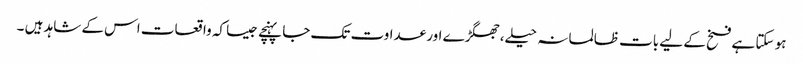
ہو سکتا ہے فسخ کے لیے بات ظالمانہ حیلے،جھگڑے اور عداوت تک جا پہنچے جیسا کہ واقعات اس کے شاہد ہیں ۔